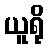
ယူရို